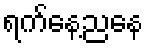
ရက်နေ့ညနေ